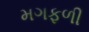
મગફળી